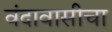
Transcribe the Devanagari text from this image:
वंदावासीचा